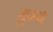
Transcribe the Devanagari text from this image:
तुभ्य